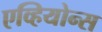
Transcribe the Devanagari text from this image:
एव्हियोन्स